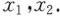
x_{1}，x_{2}。